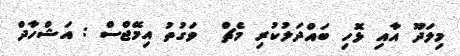
މިލަދޫ އާއި ޅޮހި ބައްދަލުކުރި މެޗް  ވަގުތު އިމޭޖްސް : އަޝްހާދް